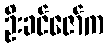
ဦးခင်ဇော်က